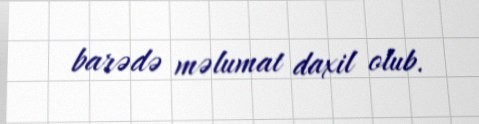
barədə məlumat daxil olub.